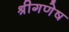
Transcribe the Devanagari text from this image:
श्रीगणेष